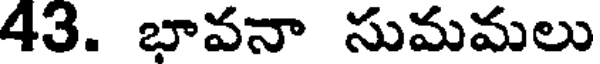
43. భావనా సుమమలు